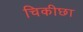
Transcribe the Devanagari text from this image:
चिकीछा